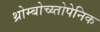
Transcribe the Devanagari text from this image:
थ्रोम्बोच्य्तोपेनिक